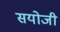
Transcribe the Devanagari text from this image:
सयोजी